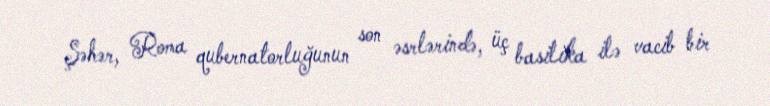
Şəhər, Roma qubernatorluğunun son əsrlərində, üç basilika ilə vacib bir